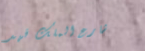
شارع الملك فهد